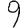
Digit: 9